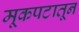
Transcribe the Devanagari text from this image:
मूकपटातून